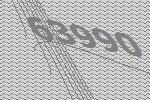
63990